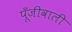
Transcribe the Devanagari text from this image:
पूँजीवाली